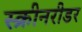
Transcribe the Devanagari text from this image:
स्क्रीनरीडर